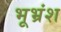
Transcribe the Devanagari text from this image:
भूभ्रंश